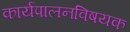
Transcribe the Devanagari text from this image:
कार्यपालनविषयक